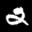
Label: 2